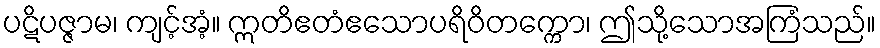
ပဋိပဇ္ဇာမ၊ ကျင့်အံ့။ ဣတိဧတံဧသောပရိဝိတက္ကော၊ ဤသို့သောအကြံသည်။